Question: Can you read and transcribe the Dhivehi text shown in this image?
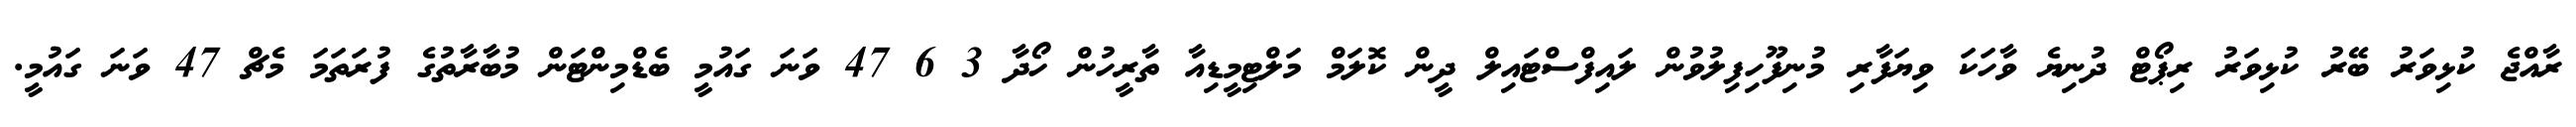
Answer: ރާއްޖެ ކުޅިވަރު ބޭރު ކުޅިވަރު ރިޕޯޓް ދުނިޔެ ވާހަކަ ވިޔަފާރި މުނިފޫހިފިލުވުން ލައިފްސްޓައިލް ދީން ކޮލަމް މަލްޓިމީޑިއާ ތާރީހުން ހޯދާ 3 6 47 ވަނަ ގައުމީ ބެޑްމިންޓަން މުބާރާތުގެ ފުރަތަމަ މެޗް 47 ވަނަ ގައުމީ.